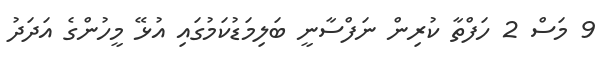
9 މަސް 2 ހަފްތާ ކުރިން ނަފްސާނީ ބަލިމަޑުކަމުގައި އުޅޭ މީހުންގެ އަދަދު